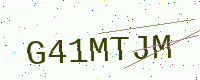
Text: G41MTJM